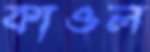
কাওল